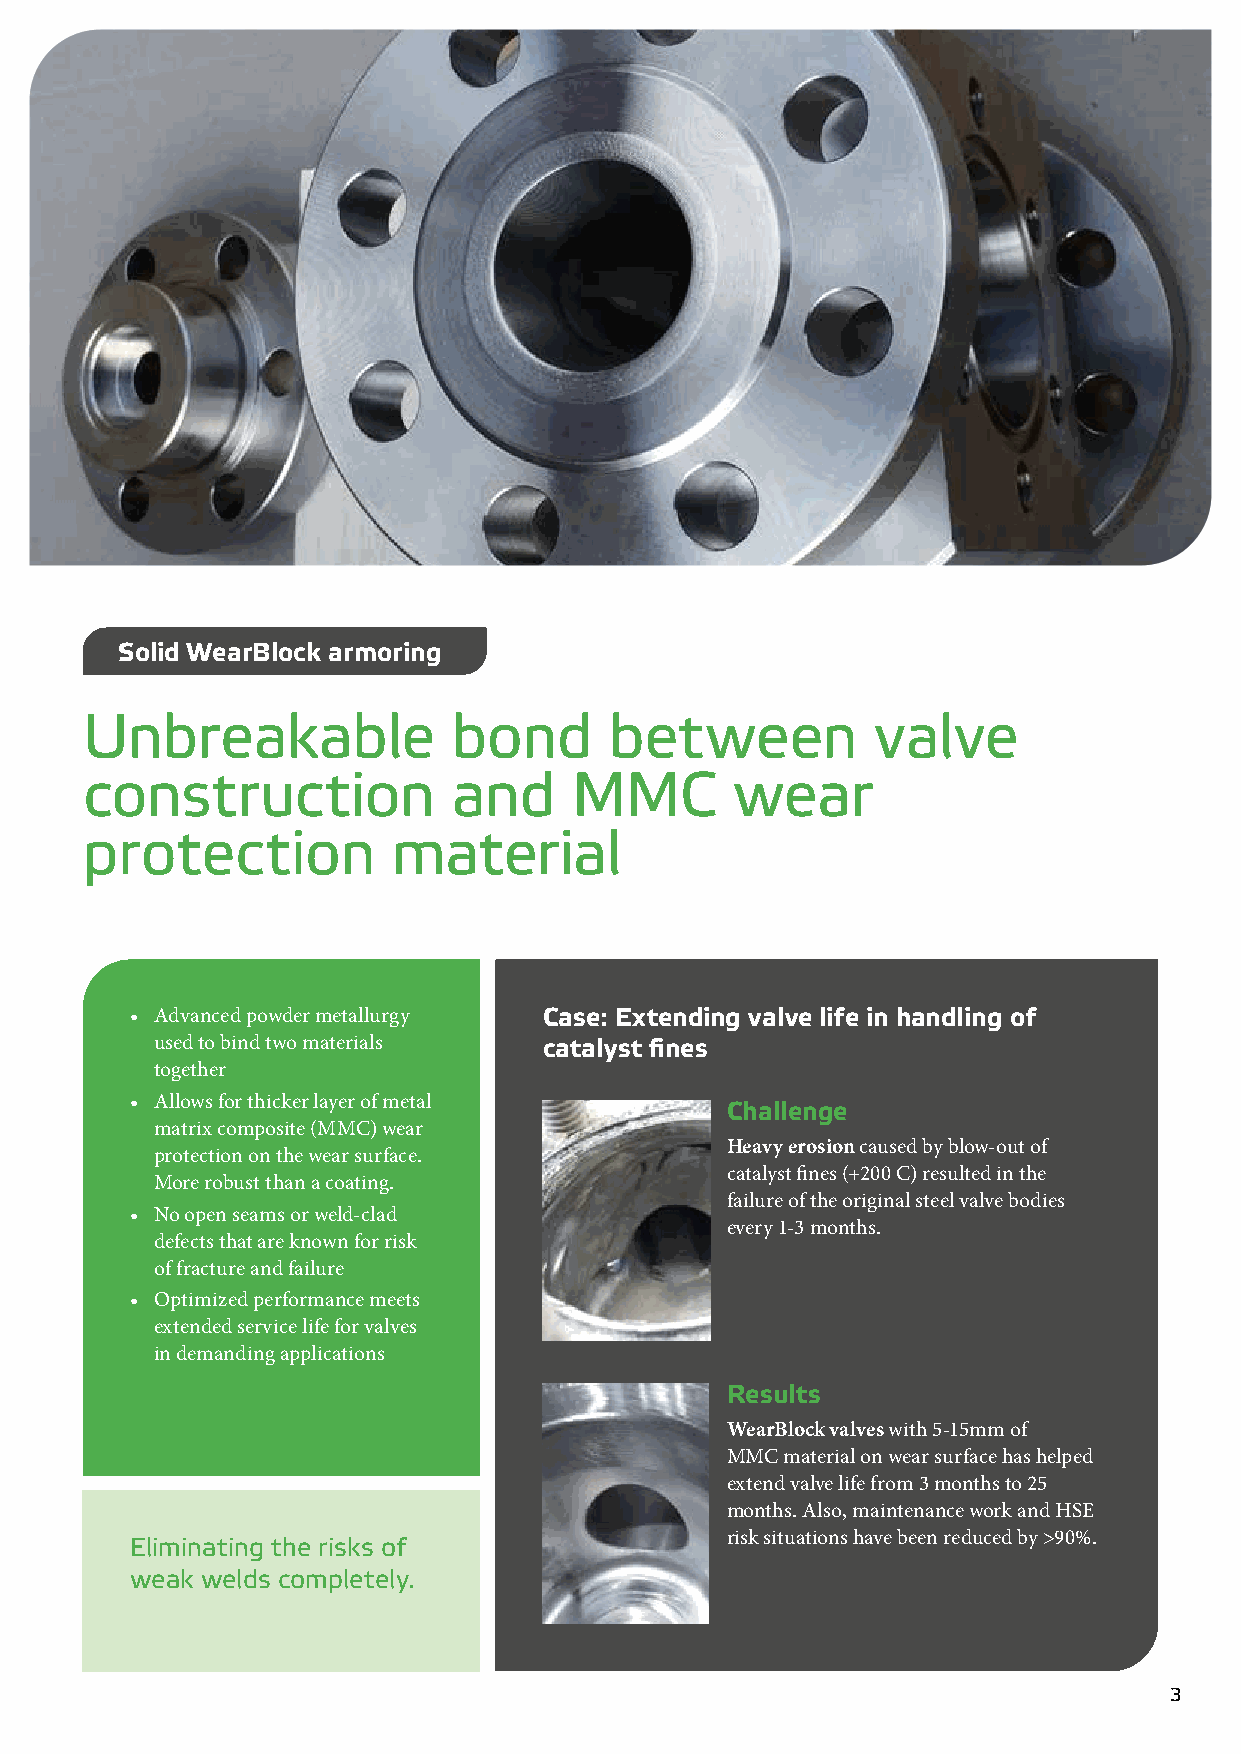
Solid WearBlock armoring
 Unbreakable              bond      between           valve
 construction             and     MMC        wear
 protection           material
 • Advanced powder metallurgy Case: Extending valve life in handling of
 used to bind two materials catalyst fines
 together
 • Allows for thicker layer of metal
 Challenge
 matrix composite (MMC) wear
 Heavy erosion caused by blow-out of
 protection on the wear surface.
 catalyst fines (+200 C) resulted in the
 More robust than a coating.
 failure of the original steel valve bodies
 • No open seams or weld-clad
 every 1-3 months.
 defects that are known for risk
 of fracture and failure
 • Optimized performance meets
 extended service life for valves
 in demanding applications
 Results
 WearBlock valves with 5-15mm of
 MMC material on wear surface has helped
 extend valve life from 3 months to 25
 months. Also, maintenance work and HSE
 risk situations have been reduced by >90%.
 Eliminating the risks of
 weak welds completely.
 3